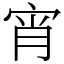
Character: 宵